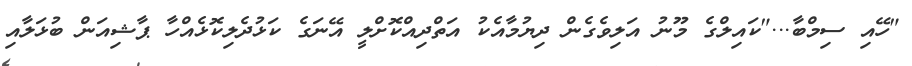
"ހޭއި ސިމްބާ..."ކައިލްގެ މޫނު އަލިވެގެން ދިޔުމާއެކު އަތްދިއްކޮށްލީ އޭނަގެ ކަޅުދެލިކޮޅެއްހާ ޕާޝިއަން ބުޅަލާއި